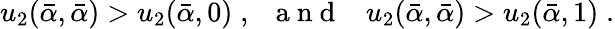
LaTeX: u_{2}(\bar{\alpha},\bar{\alpha})>u_{2}(\bar{\alpha},0)\; ,\; \; {\mathrm{~a~n~d~}}\; \; \; u_{2}(\bar{\alpha},\bar{\alpha})>u_{2}(\bar{\alpha},1)\; .